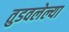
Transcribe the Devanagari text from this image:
तुडवलेल्या